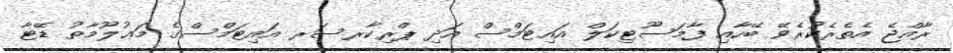
ރާއްޖެ އެތެރެކުރެވޭ ބޭހާއި ފާމަސޫޓިކަލް އައިޓަމްސް އަދި ޕްރިކާރސަރ އައިޓަމްސްގެ މަޢުލޫމާތު ޑޭޓާ